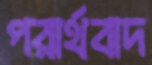
পরার্থবাদ